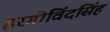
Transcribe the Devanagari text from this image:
हरगोविंदसिंह